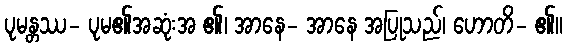
ပုမန္တဿ- ပုမ၏အဆုံးအ ၏၊ အာနေ- အာနေ အပြုသည်၊ ဟောတိ- ၏။